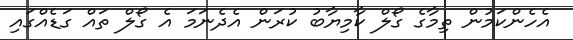
އެހެންކަމުން ތިމާގެ ގޯލް ކާމިޔާބު ކުރަން އެދެނަމަ އެ ގޯލް ތައް ގަޑެއްގައި